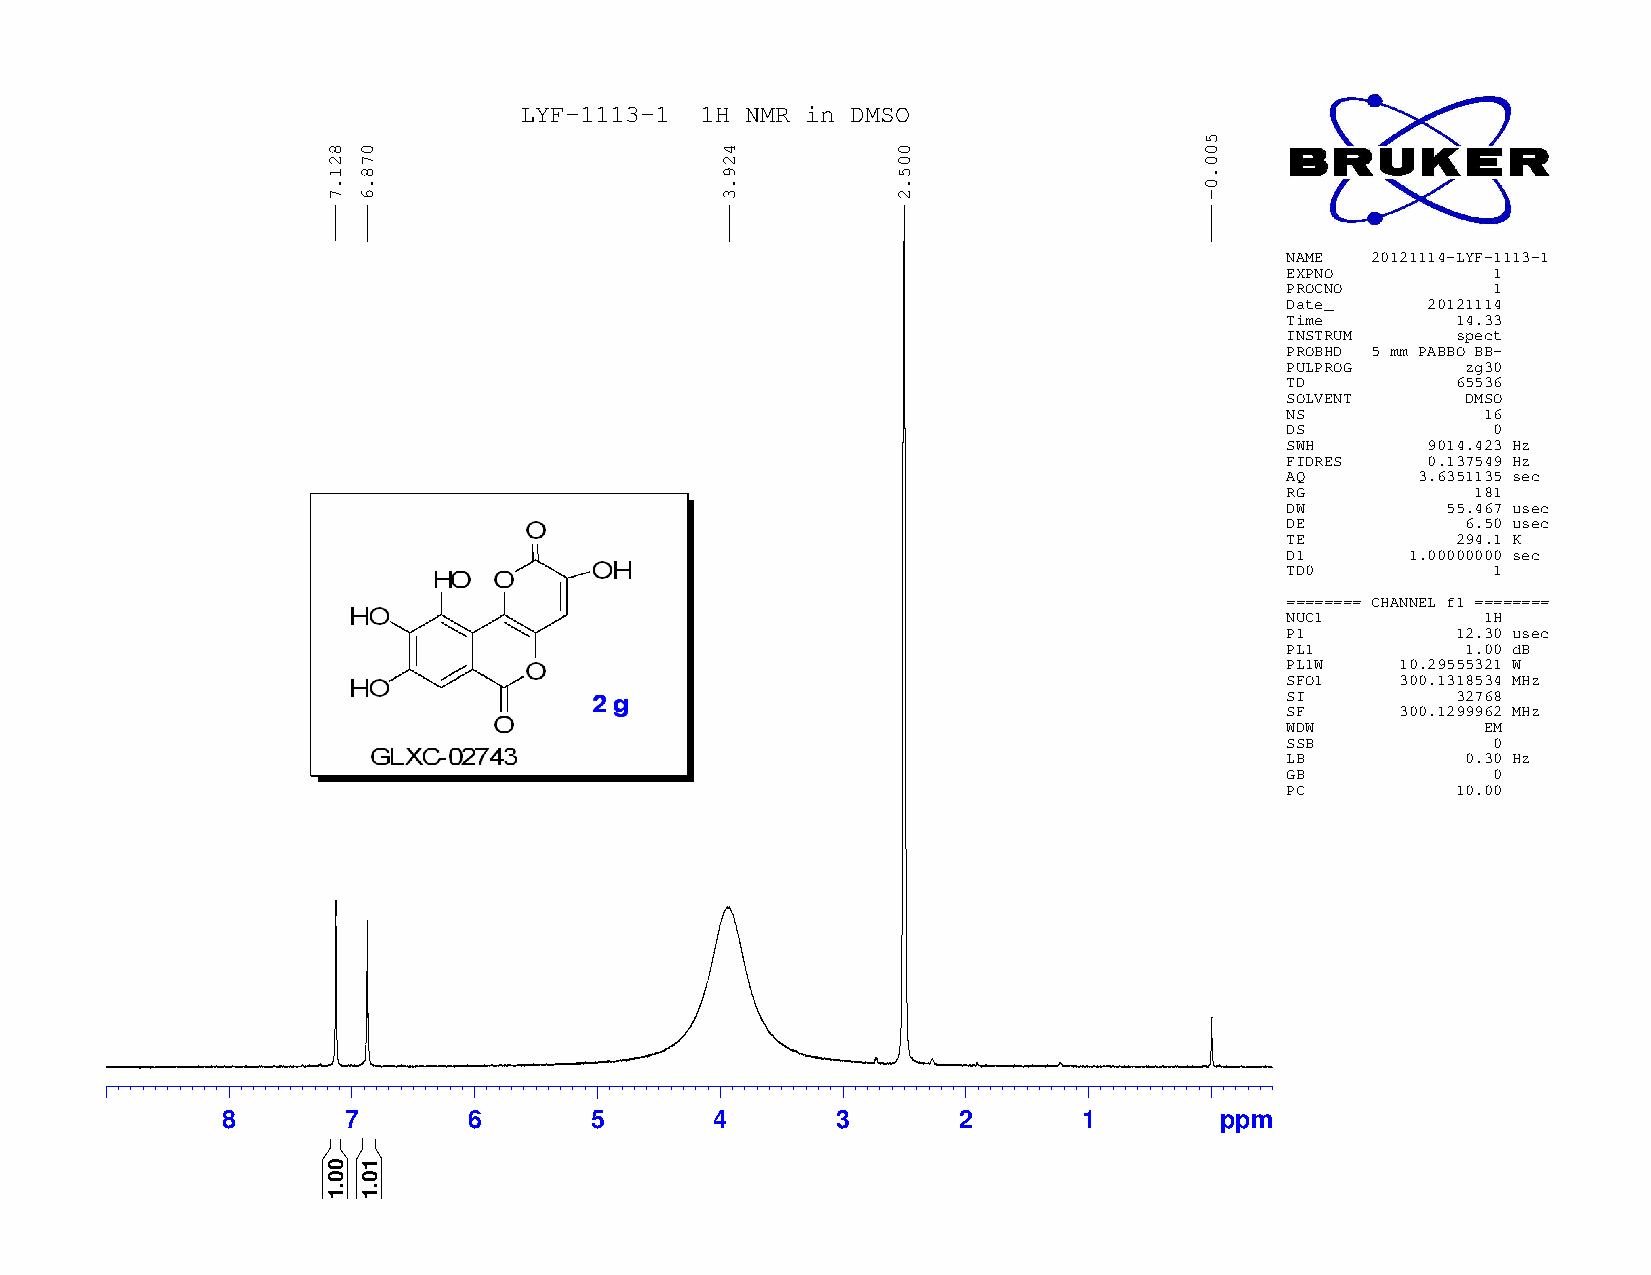
LYF−1113−1  1H NMR in DMSO
 NAME  20121114−LYF−1113−1
 EXPNO         1
 PROCNO        1
 Date_    20121114
 Time       14.33
 INSTRUM    spect
 PROBHD 5 mm PABBO BB−
 PULPROG     zg30
 TD         65536
 SOLVENT     DMSO
 NS           16
 DS            0
 SWH      9014.423 Hz
 FIDRES   0.137549 Hz
 AQ       3.6351135 sec
 RG           181
 DW         55.467 usec
 DE          6.50 usec
 TE         294.1 K
 D1      1.00000000 sec
 TD0           1
 ======== CHANNEL f1 ========
 NUC1         1H
 P1         12.30 usec
 PL1         1.00 dB
 PL1W    10.29555321 W
 SFO1    300.1318534 MHz
 SI         32768
 SF      300.1299962 MHz
 WDW          EM
 SSB           0
 LB          0.30 Hz
 GB            0
 PC         10.00
 8       7       6       5       4       3       2        1        ppm
 821.7
 00.1
 078.6
 10.1
 429.3      005.2
 500.0−